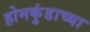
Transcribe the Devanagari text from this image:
होमकुंडाच्या